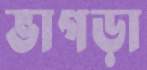
ভাগড়া